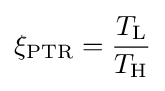
\xi _{\text{PTR}}={\frac {T_{\text{L}}}{T_{\text{H}}}}